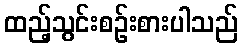
ထည့်သွင်းစဉ်းစားပါသည်